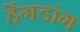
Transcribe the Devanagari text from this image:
हेंगडांग